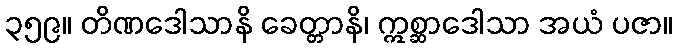
၃၅၉။ တိဏဒေါသာနိ ခေတ္တာနိ၊ ဣစ္ဆာဒေါသာ အယံ ပဇာ။